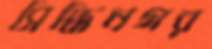
সিদ্ধিনগর